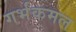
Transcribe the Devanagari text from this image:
गर्भकमल